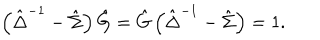
LaTeX: \left( \hat { \Delta } ^ { - 1 } - \hat { \Sigma } \right) \hat { G } = \hat { G } \left( \hat { \Delta } ^ { - 1 } - \hat { \Sigma } \right) = 1 .